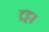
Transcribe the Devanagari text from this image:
ट्रट्टा